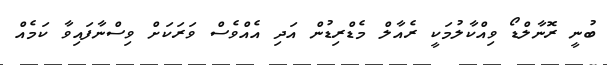
ބުނީ ރޮނާލްޑޯ ވިއްކާލުމަކީ ރެއާލް މެޑްރިޑުން އަދި އެއްވެސް ވަރަކަށް ވިސްނާފައިވާ ކަމެއް